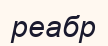
реабр